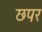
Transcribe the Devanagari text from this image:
छपर